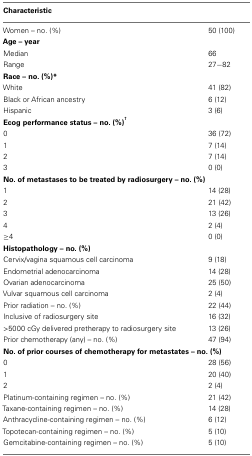
<table><thead><tr><td><b>Characteristic</b></td><td></td></tr></thead><tbody><tr><td>Women – no. (%)</td><td>50 (100)</td></tr><tr><td colspan="2"><b>Age – year</b></td></tr><tr><td>Median</td><td>66</td></tr><tr><td>Range</td><td>27−82</td></tr><tr><td><b>Race – no. (%)*</b></td><td></td></tr><tr><td>White</td><td>41 (82)</td></tr><tr><td>Black or African ancestry</td><td>6 (12)</td></tr><tr><td>Hispanic</td><td>3 (6)</td></tr><tr><td colspan="2"><b>Ecog performance status – no. (%)<sup>†</sup></b></td></tr><tr><td>0</td><td>36 (72)</td></tr><tr><td>1</td><td>7 (14)</td></tr><tr><td>2</td><td>7 (14)</td></tr><tr><td>3</td><td>0 (0)</td></tr><tr><td colspan="2"><b>No. of metastases to be treated by radiosurgery – no. (%)</b></td></tr><tr><td>1</td><td>14 (28)</td></tr><tr><td>2</td><td>21 (42)</td></tr><tr><td>3</td><td>13 (26)</td></tr><tr><td>4</td><td>2 (4)</td></tr><tr><td>≥4</td><td>0 (0)</td></tr><tr><td colspan="2"><b>Histopathology – no. (%)</b></td></tr><tr><td>Cervix/vagina squamous cell carcinoma</td><td>9 (18)</td></tr><tr><td>Endometrial adenocarcinoma</td><td>14 (28)</td></tr><tr><td>Ovarian adenocarcinoma</td><td>25 (50)</td></tr><tr><td>Vulvar squamous cell carcinoma</td><td>2 (4)</td></tr><tr><td>Prior radiation – no. (%)</td><td>22 (44)</td></tr><tr><td>Inclusive of radiosurgery site</td><td>16 (32)</td></tr><tr><td>&gt;5000 cGy delivered pretherapy to radiosurgery site</td><td>13 (26)</td></tr><tr><td>Prior chemotherapy (any) – no. (%)</td><td>47 (94)</td></tr><tr><td colspan="2"><b>No. of prior courses of chemotherapy for metastates – no. (%)</b></td></tr><tr><td>0</td><td>28 (56)</td></tr><tr><td>1</td><td>20 (40)</td></tr><tr><td>2</td><td>2 (4)</td></tr><tr><td>Platinum-containing regimen – no. (%)</td><td>21 (42)</td></tr><tr><td>Taxane-containing regimen – no. (%)</td><td>14 (28)</td></tr><tr><td>Anthracycline-containing regimen – no. (%)</td><td>6 (12)</td></tr><tr><td>Topotecan-containing regimen – no. (%)</td><td>5 (10)</td></tr><tr><td>Gemcitabine-containing regimen – no. (%)</td><td>5 (10)</td></tr></tbody></table>